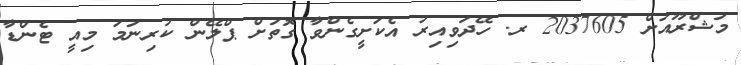
މަޝްރޫއަށް 2037605 ރ. ހޭދަވިއިރު އެކަށީގެންވާ ގޮތަށް ޕްލޭން ކުރިނަމަ މިއީ ޓެންޑާ